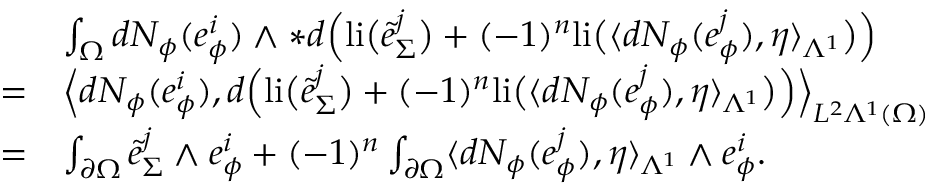
\begin{array} { r l } & { \int _ { \Omega } d N _ { \phi } ( e _ { \phi } ^ { i } ) \wedge \ast d \Big ( \mathrm { l i } \big ( \tilde { e } _ { \Sigma } ^ { j } \big ) + ( - 1 ) ^ { n } \mathrm { l i } \big ( \langle d N _ { \phi } ( e _ { \phi } ^ { j } ) , \eta \rangle _ { \Lambda ^ { 1 } } \big ) \Big ) } \\ { = } & { \Big \langle d N _ { \phi } ( e _ { \phi } ^ { i } ) , d \Big ( \mathrm { l i } \big ( \tilde { e } _ { \Sigma } ^ { j } \big ) + ( - 1 ) ^ { n } \mathrm { l i } \big ( \langle d N _ { \phi } ( e _ { \phi } ^ { j } ) , \eta \rangle _ { \Lambda ^ { 1 } } \big ) \Big ) \Big \rangle _ { L ^ { 2 } \Lambda ^ { 1 } ( \Omega ) } } \\ { = } & { \int _ { \partial \Omega } \tilde { e } _ { \Sigma } ^ { j } \wedge e _ { \phi } ^ { i } + ( - 1 ) ^ { n } \int _ { \partial \Omega } \langle d N _ { \phi } ( e _ { \phi } ^ { j } ) , \eta \rangle _ { \Lambda ^ { 1 } } \wedge e _ { \phi } ^ { i } . } \end{array}